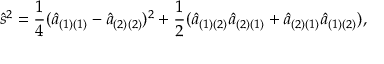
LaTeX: { \hat { s } } ^ { 2 } = { \frac { 1 } { 4 } } ( { \hat { a } } _ { ( 1 ) ( 1 ) } - { \hat { a } } _ { ( 2 ) ( 2 ) } ) ^ { 2 } + { \frac { 1 } { 2 } } ( { \hat { a } } _ { ( 1 ) ( 2 ) } { \hat { a } } _ { ( 2 ) ( 1 ) } + { \hat { a } } _ { ( 2 ) ( 1 ) } { \hat { a } } _ { ( 1 ) ( 2 ) } ) ,